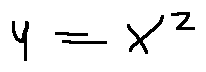
y = x ^ { 2 }